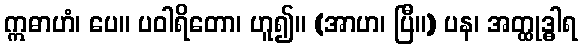
ဣဓာဟံ၊ ပေ။ ပဝါရိတော၊ ဟူ၍။ (အာဟ၊ ပြီ။) ပန၊ အတ္ထုဒ္ဓါရ